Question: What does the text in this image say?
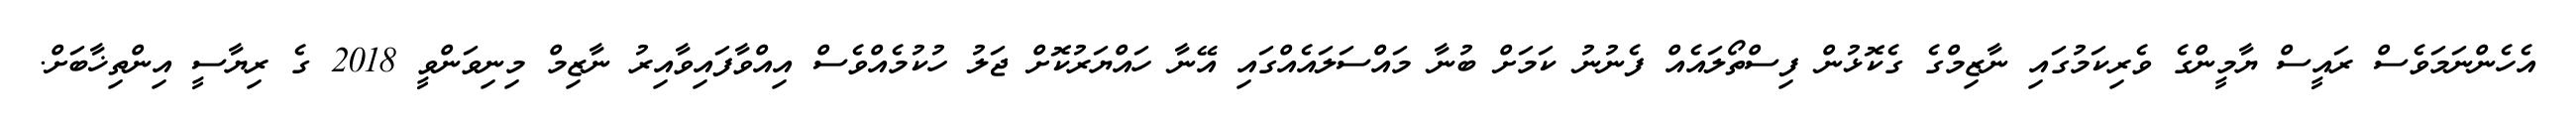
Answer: އެހެންނަމަވެސް ރައީސް ޔާމީންގެ ވެރިކަމުގައި ނާޒިމްގެ ގެކޮޅުން ފިސްތޯލައެއް ފެނުނު ކަމަށް ބުނާ މައްސަލައެއްގައި އޭނާ ހައްޔަރުކޮށް ޖަލު ހުކުމެއްވެސް އިއްވާފައިވާއިރު ނާޒިމް މިނިވަންވީ 2018 ގެ ރިޔާސީ އިންތިޚާބަށް.